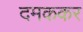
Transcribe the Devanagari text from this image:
दमककर